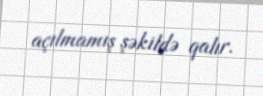
açılmamış şəkildə qalır.